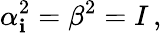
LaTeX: \alpha_{\mathbf{i}}^{2}=\beta^{2}=I\, ,